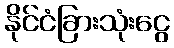
နိုင်ငံခြားသုံးငွေ